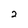
Character: 2